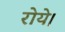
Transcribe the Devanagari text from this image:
रोये।